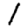
Digit: 1